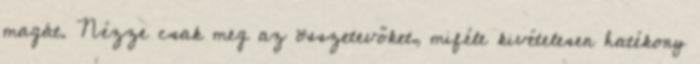
magát. Nézze csak meg az összetevőket, miféle kivételesen hatékony